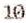
10